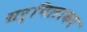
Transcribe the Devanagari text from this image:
सर्पिलाकर